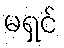
မရှင်